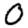
Digit: 0